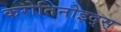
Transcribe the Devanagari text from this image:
करोतिनोइद्स्